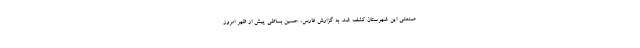
صنعتی این شهرستان کشف شد. به گزارش فارس، حسین بساطی پیش از ظهر امروز